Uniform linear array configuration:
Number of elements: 64
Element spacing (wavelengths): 1
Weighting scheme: hamming
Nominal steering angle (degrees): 45
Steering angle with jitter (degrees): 46.219
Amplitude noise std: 0.05
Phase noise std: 0.05

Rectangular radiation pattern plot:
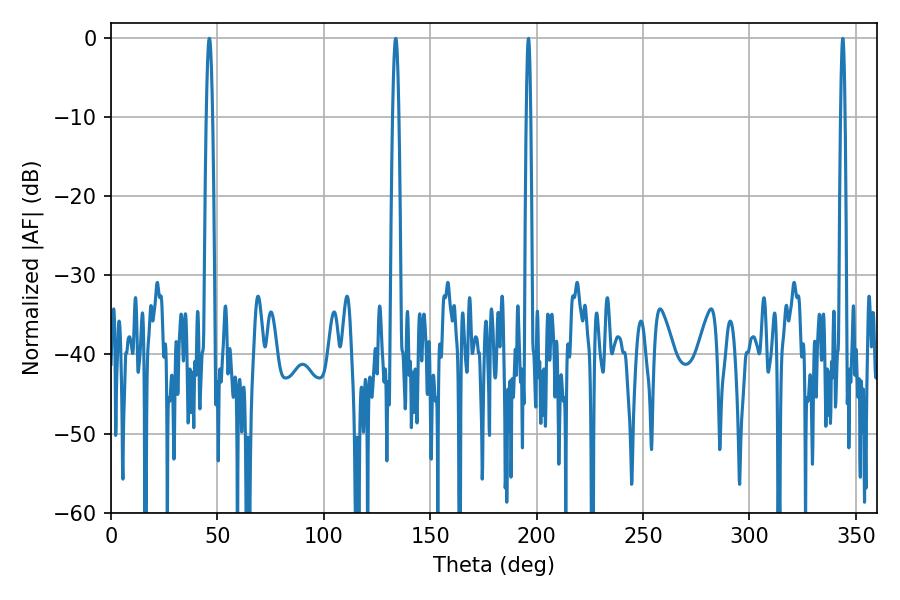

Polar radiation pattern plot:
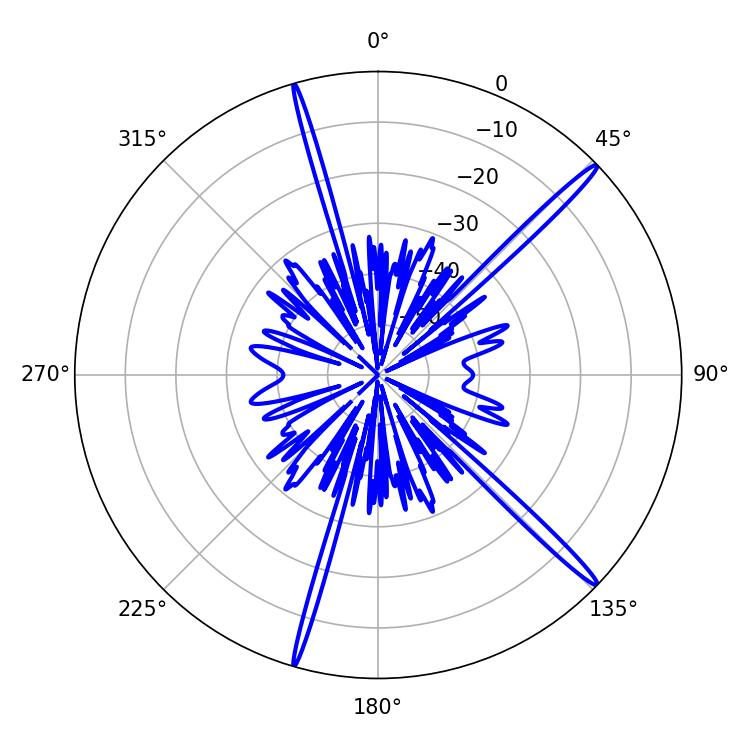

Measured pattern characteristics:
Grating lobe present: TRUE
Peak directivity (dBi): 17.859
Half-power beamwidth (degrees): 1.62
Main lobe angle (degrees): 46.26